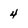
Character: 4